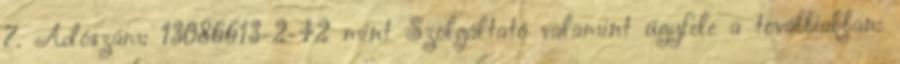
7. Adószám: 13086613-2-42 mint Szolgáltató valamint ügyfele a továbbiakban: